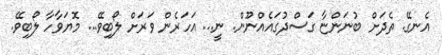
އެނގޭ. ތެދަށް ބުނަންޏާ ގަސްދުގައެއްނޫން. ނީ... އަހަރެން ވަރަށް ލޯބިވޭ... މޮޔަވާހާ ލޯބިވޭ.